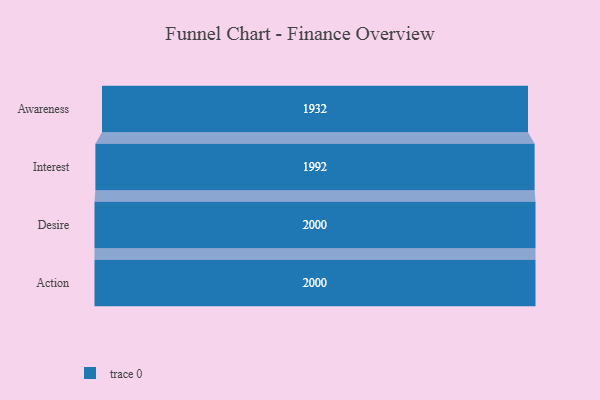
{"axis": {"x": "Stage", "y": "Value"}, "legend": [""], "data": [{"x": "Awareness", "y": 1932.0, "type": ""}, {"x": "Interest", "y": 1992.0, "type": ""}, {"x": "Desire", "y": 2000, "type": ""}, {"x": "Action", "y": 2000, "type": ""}]}